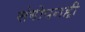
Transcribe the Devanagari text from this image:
संगोपनही